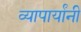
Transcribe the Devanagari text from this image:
व्यापार्यांनी